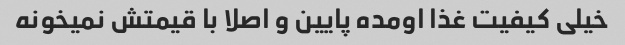
خیلی کیفیت غذا اومده پایین و اصلا با قیمتش نمیخونه